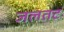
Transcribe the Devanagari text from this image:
जलतट